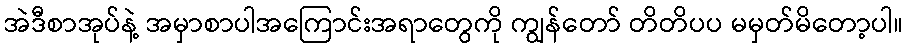
အဲဒီစာအုပ်နဲ့ အမှာစာပါအကြောင်းအရာတွေကို ကျွန်တော် တိတိပပ မမှတ်မိတော့ပါ။